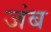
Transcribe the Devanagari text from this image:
जंब